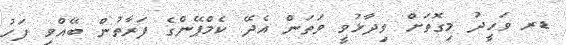
ޑރ ވަހީދު މިގޮތަށް ވިދާޅުވީ ވަތަން އެދޭ ކެމްޕޭންގެ ފަރާތުން ބޭއްވި ފަހު